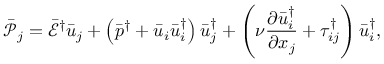
{ { \bar { \mathcal P } } _ { j } } = { { \bar { \mathcal E } } ^ { \dag } } { { \bar { u } } _ { j } } + \left( { { { \bar { p } } ^ { \dag } } + { { \bar { u } } _ { i } } \bar { u } _ { i } ^ { \dag } } \right) \bar { u } _ { j } ^ { \dag } + \left( { \nu \frac { { \partial \bar { u } _ { i } ^ { \dag } } } { { \partial { x _ { j } } } } + \tau _ { i j } ^ { \dag } } \right) \bar { u } _ { i } ^ { \dag } ,